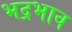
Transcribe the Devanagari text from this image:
भद्रभाव